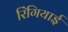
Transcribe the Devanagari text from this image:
रिंगियाई